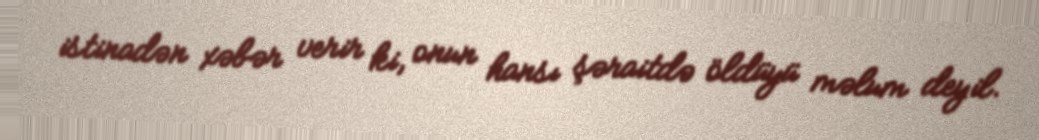
istinadən xəbər verir ki, onun hansı şəraitdə öldüyü məlum deyil.